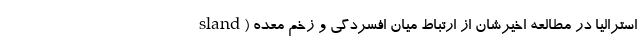
sland) استرالیا در مطالعه اخیرشان از ارتباط میان افسردگی و زخم معده